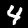
Digit: 4